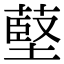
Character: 𦸃